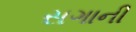
સગાની